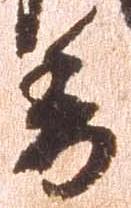
委